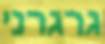
גרגרני